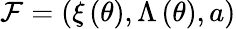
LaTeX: {\cal F}=\left(\xi\left(\theta\right),\Lambda\left(\theta\right),a\right)